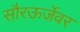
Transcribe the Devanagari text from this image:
सौरऊर्जेवर